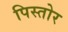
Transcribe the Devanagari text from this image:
पिस्तोर